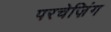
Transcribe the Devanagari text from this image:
परचेज़िंग